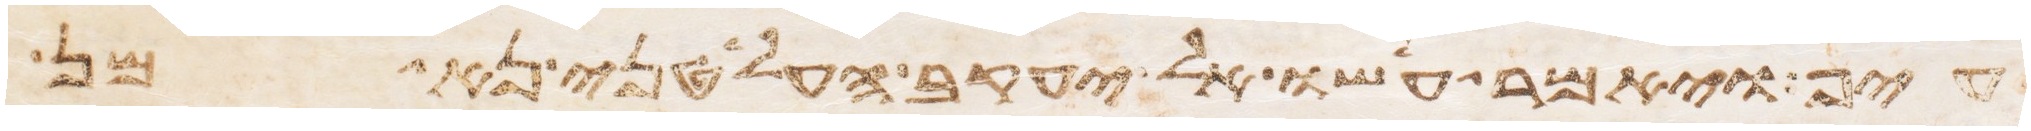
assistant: עיף ויאמר עשו אל יעקב הלעטני נא מן